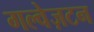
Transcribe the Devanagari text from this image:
गल्वेज़टन